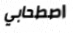
اصطحابي